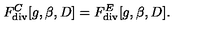
F _ { \mathrm { d i v } } ^ { C } [ g , \beta , D ] = F _ { \mathrm { d i v } } ^ { E } [ g , \beta , D ] .